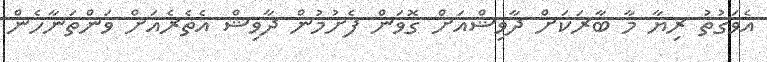
އެވަގުތު ރިޔާ މާ ބާރަކަށް ދާވިޝްއަށް ގޮވަން ފެށުމުން ދާވިޝް އެތެރެއަށް ވަންތަނާހެން